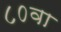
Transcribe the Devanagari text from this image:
८०वा